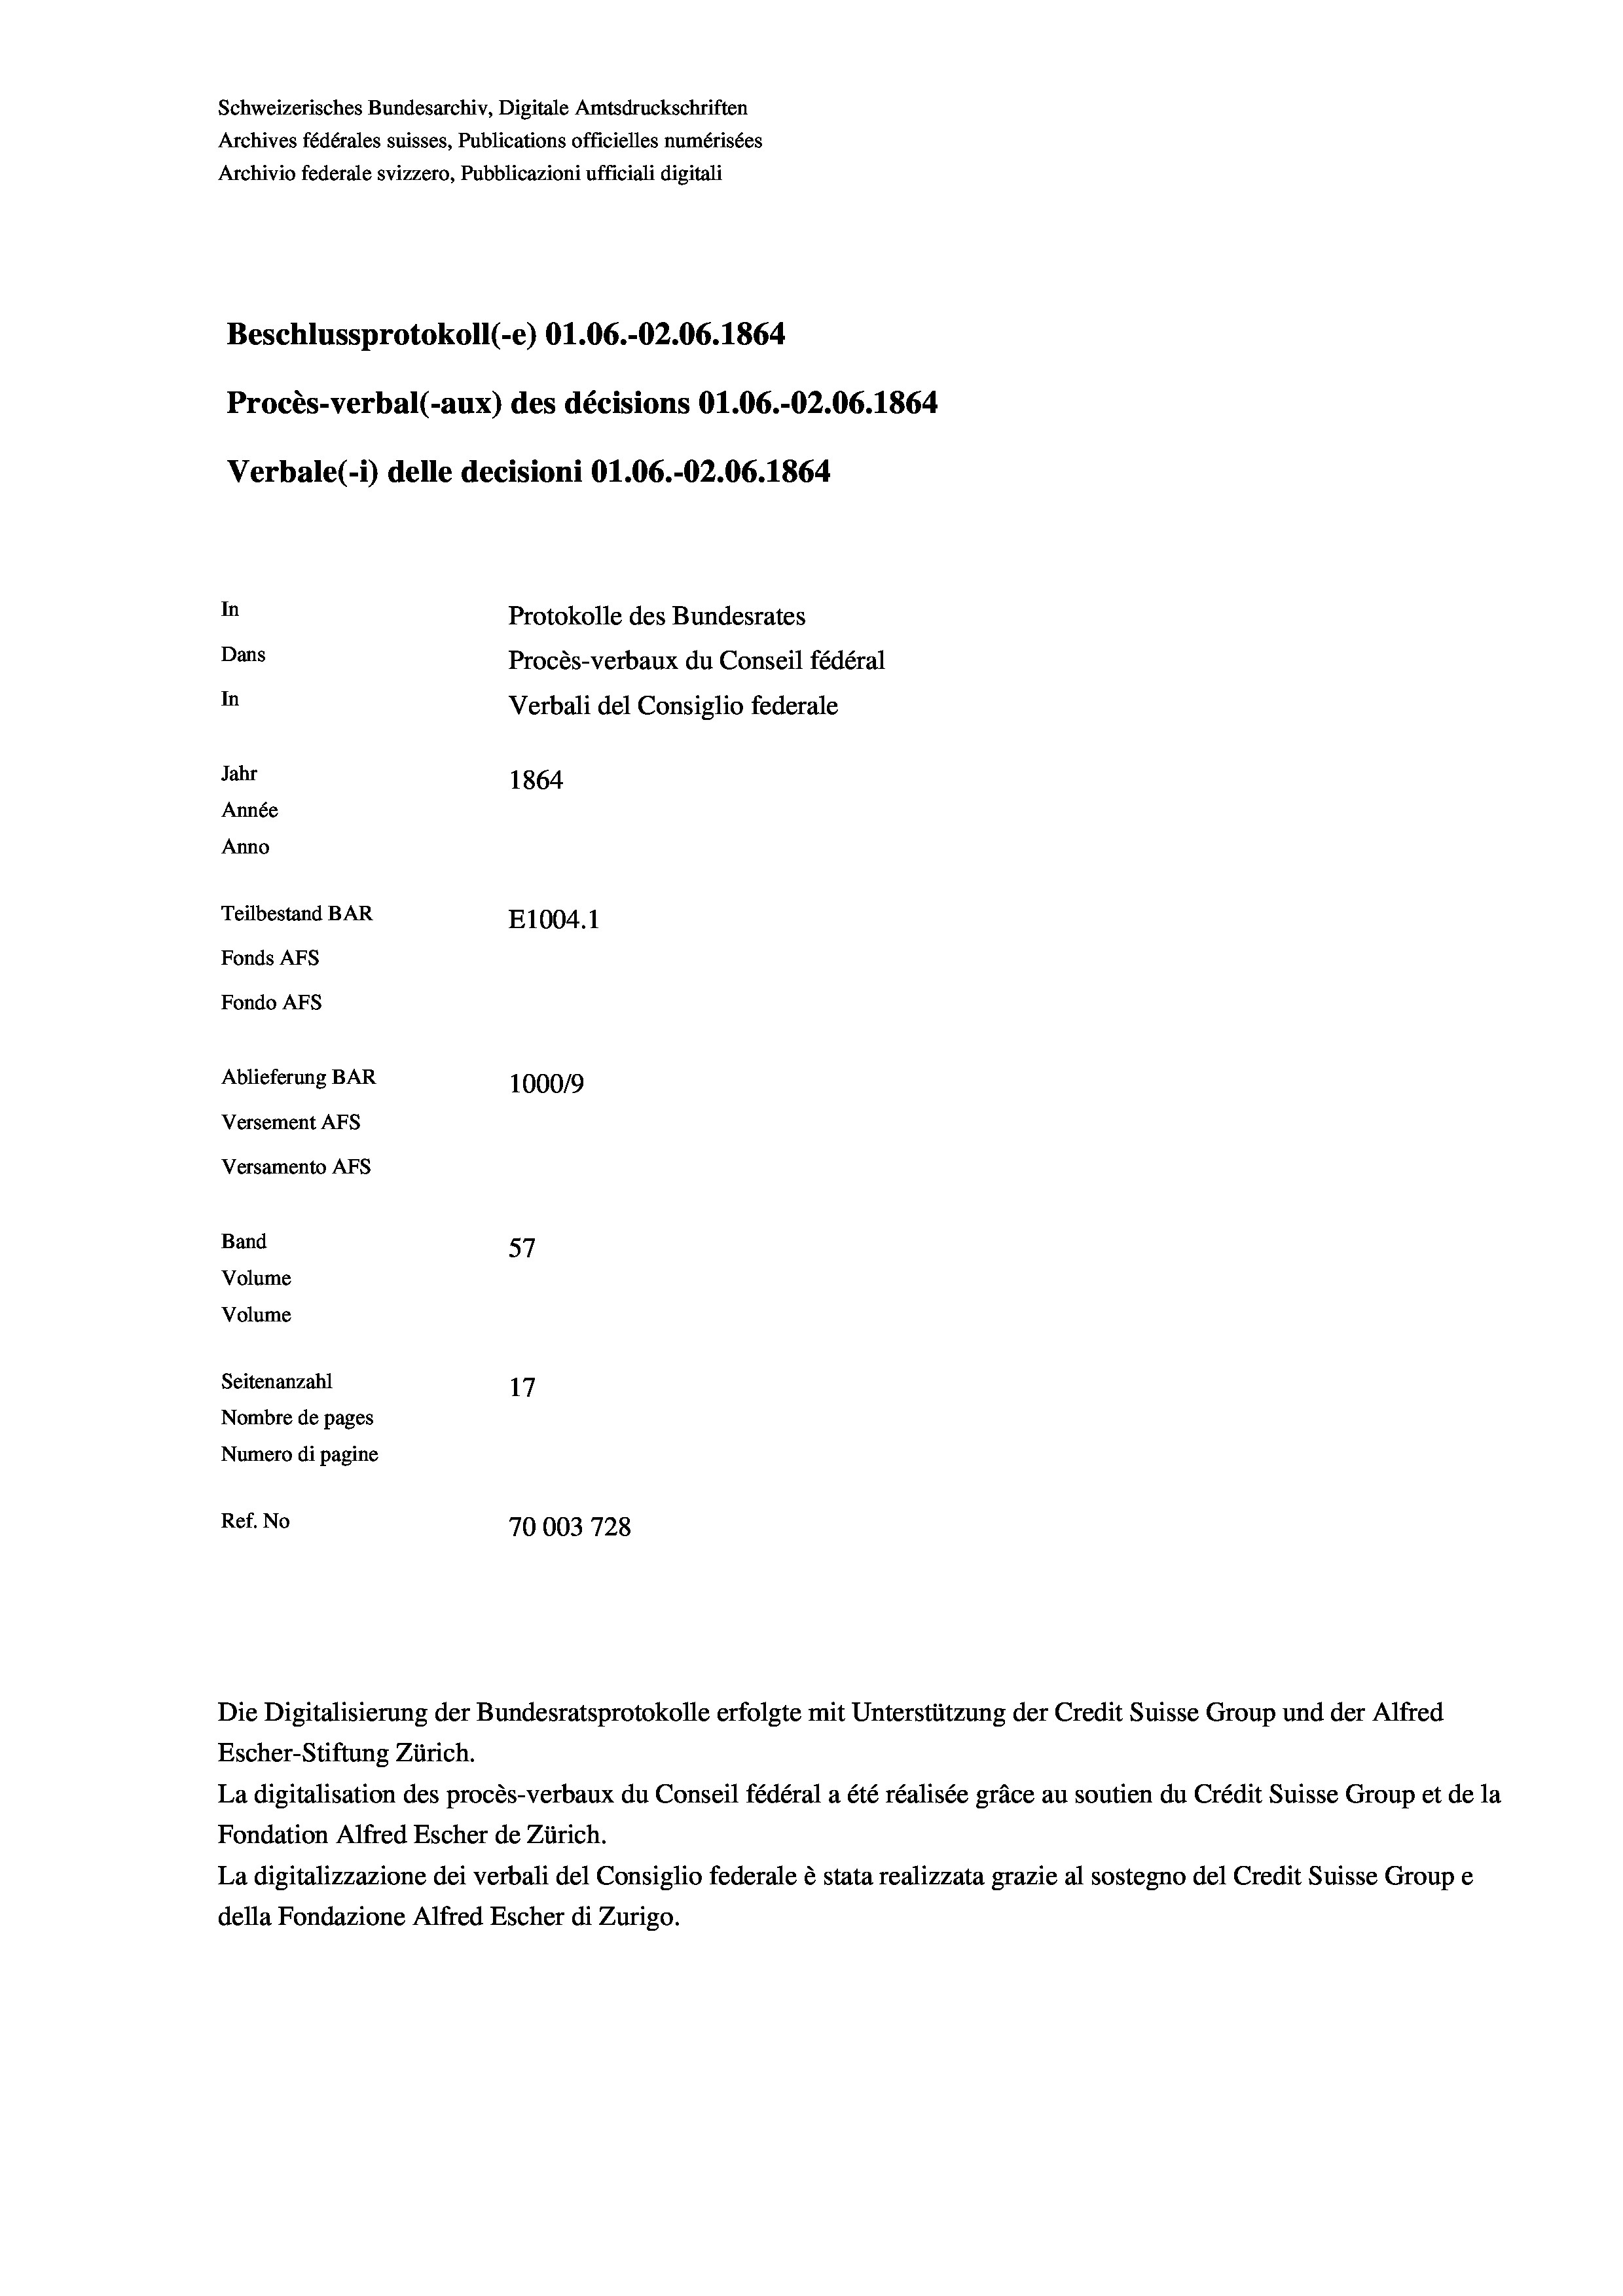
Schweizerisches Bundesarchiv, Digitale Amtsdruckschriften
Archives fédérales suisses, Publications officielles numérisées
Archivio federale svizzero, Pubblicazioni ufficiali digitali
Beschlussprotokoll (-e) O1.06.-O2.06. 1864
Procès-verbal (-aux) des décisions O1.06.-02.06. 1864
Verbale (i) delle decisioni O1.06.-O2.06. 1864
In
Protokolle des Bundesrates
Dans
Procès-verbaux du Conseil fédéral
In
Verbali del Consiglio federale
Jahr
1864
Année
Anno
Teilbestand BAR
E1004. 1
Fonds AFs
Fondo AFS
Ablieferung BAR
100019
Versement AFs
Versamento Afs
Band
57
Volume
Volume
Seitenanzahl
17
Nombre de pages
Numero di pagine
Ref. No
70003728

Escher-Stiftung Zürich.
La digitalisation des procès-verbaux du Conseil fédéral a été réalisée gräce au soutien du Crédit Suisse Group et de la
Fondation Alfred Escher de Zürich.
La digitalizzazione dei verbali del Consiglio federale è stata realizzata grazie al sostegno del Credit Suisse Groupe
della Fondazione Alfred Escher di Zurigo.

Die Digitalisierung der Bundesratsprotokolle erfolgte mit Unterstützung der Credit Suisse Group und der Alfred